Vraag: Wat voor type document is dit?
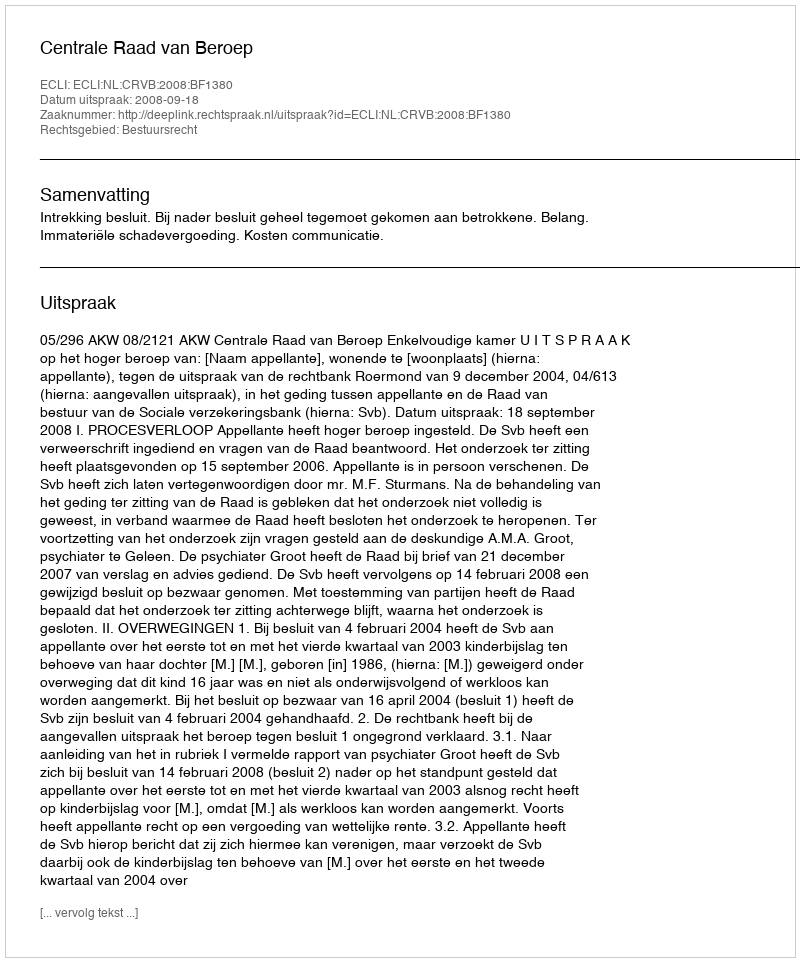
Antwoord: Uitspraak